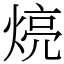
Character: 煷